Triigi_(Aleksandri)_vallavalitsus_Harjumaal, lk 18
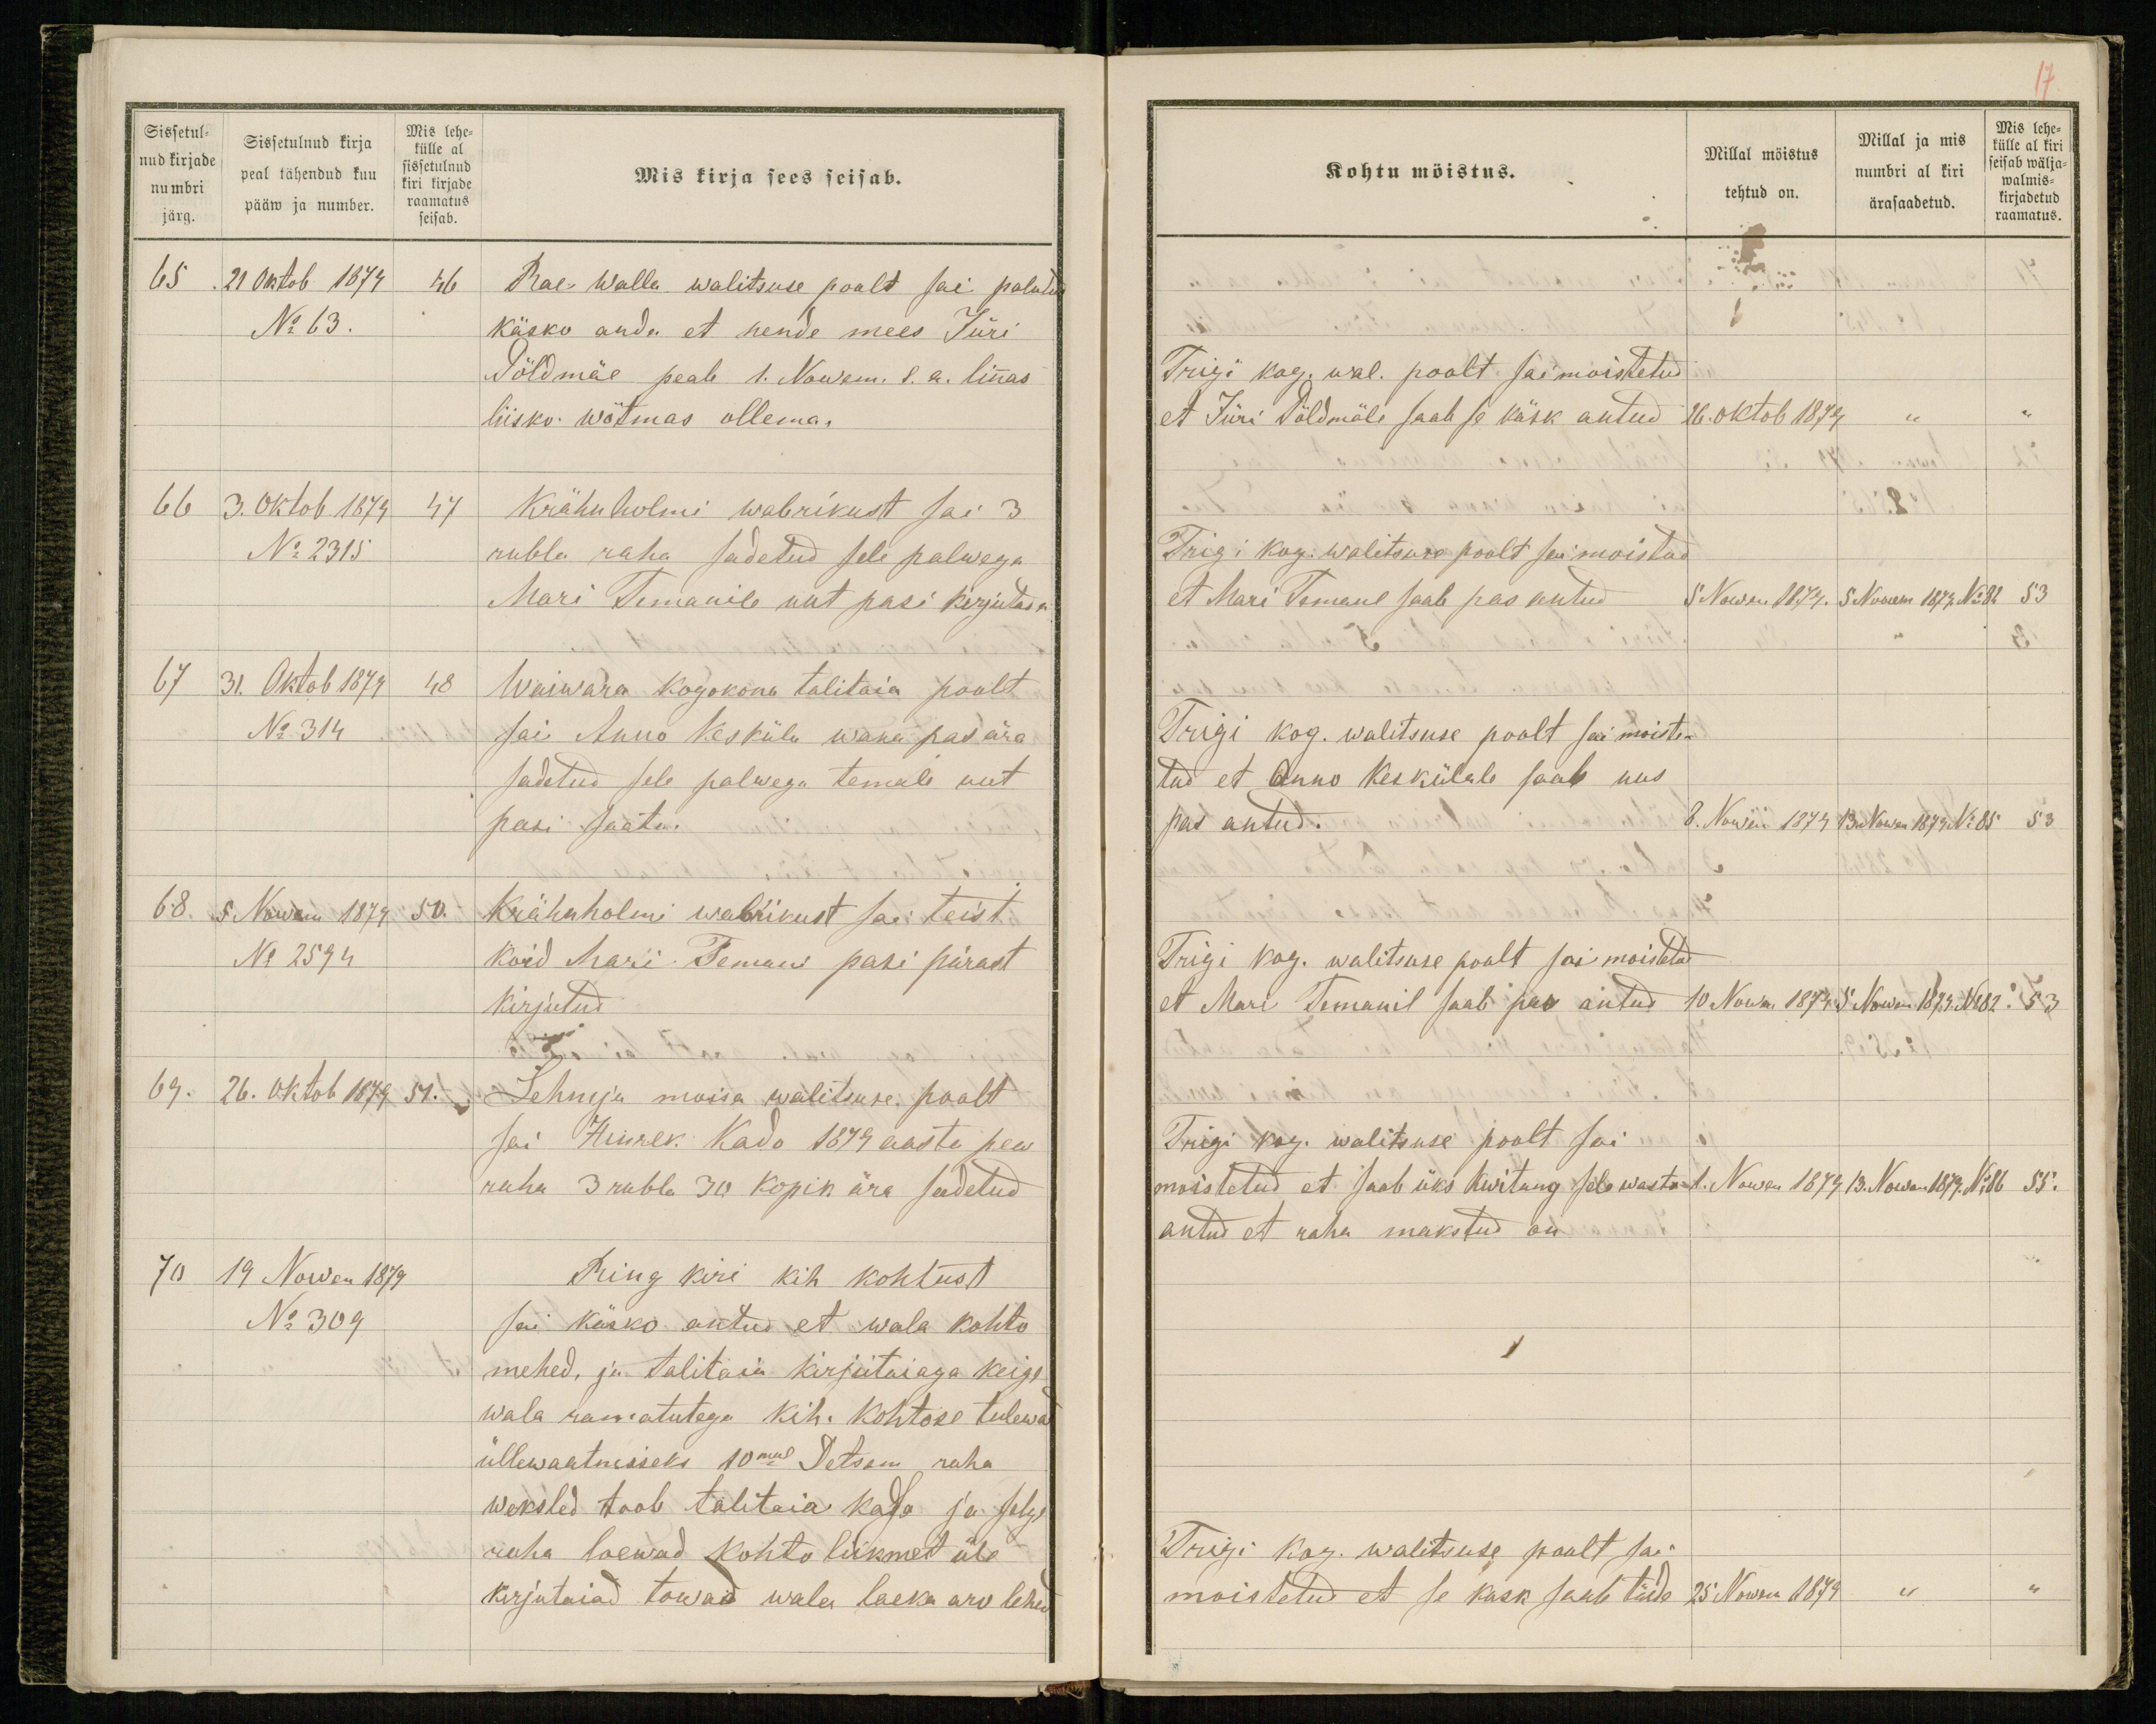
Sissetul-
nud kirjade
numbri
järg.
Sissetulnud kirja
peal tähendud kuu
pääw ja number.
Mis lehe-
külle al
sissetulnud
kiri kirjade
raamatus
seisab.
Mis kirja sees seisab.
65. 21 Oktob 1879 46
Rae walla walitsuse poolt sai palutud
No 63.
käsko anda et nende mees Jüri
Põldmäe peale 1. Nowem. s.a. linnas
liisko wõtmas ollema.
66 3. Oktob. 1879 47
Krähnholmi wabrikust sai 3
No 2315.
rubla raha sadetud sele palwega
Mari Temanile uut pasi kirjutada
67 31. Oktob 1879 48
Waiwara kogokona talitaia poolt
No 314
sai Anno Kesküla wana pas ära
sadetud sele palwega temale uut
pasi saata.
68. 5 Nowem 1879 50.
Krähnholmi wabrikust sai teist
No 2594.
kord Mari Temani pasi pärast
kirjutud
69. 26. Oktob 1879 51.
Lehmja moisa walitsuse poolt
sai Hinrek Kado 1879 aasta pea
raha 3 rubla 30 kopik ära saadetud
70 19 Nowen 1879
Ring kiri kih kohtust
No 309
sai käsko antud et wala kohto
mehed, ja talitaia kirjutaiaga keige
wala ramatutega kih. kohtose tulewad
üllewaatmiseks 10mal Detsem raha
weksled toob talitaia kasa ja selge
raha loewad kohto liikmet üle
kirjutaiad towad wala laeka aro lehed

17.
Kohtu möistus.
Millal möistus
tehtud on.
Millal ja mis
numbri al kiri
ärasaadetud.
Mis lehe-
külle al kiri
seisab wälja-
walmis-
kirjadetud
raamatus.
Trigi kog. wal. poolt sai moistetud
et Jüri Põldmäle saab se käsk antud
26. oktob 1879 " "
Trigi kog. walitsuse poolt sai moistud
et Mari Temanl saab pas antud
5 Nowen 1879. 5 Nowem 1879. No 82 53
Trigi kog. walitsuse poolt sai moiste-
tud et Anno Keskülale saab uus
pas antud.
8. Nowen 1879 13. Nowen 1879 No 85 53
Trigi kog. walitsuse poolt sai moistetud
et Mari Temanil saab pas antud
10 Nowen 1879 5 Nowen 1879 No 82 53
Trigi kog. walitsuse poolt sai
moistetud et saab üks kwitung sele wasto
Nowen 1879 13. Nowen 1879. No 86 55.
antud et raha makstud on
Trigi kog. walitsuse poolt sai
moistetud et se kask saab täide
25 Nowem 1879 " "